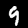
Label: 9